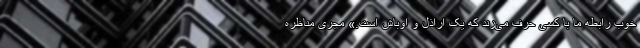
خوب رابطه ما با کسی حرف می‌زند که یک اراذل و اوباش است.» مجری مناظره